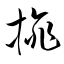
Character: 旐